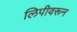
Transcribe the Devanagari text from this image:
लिपीवरून